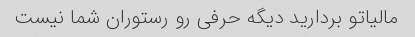
مالیاتو بردارید دیگه حرفی رو رستوران شما نیست